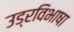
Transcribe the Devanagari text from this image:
उड्रविभाषा